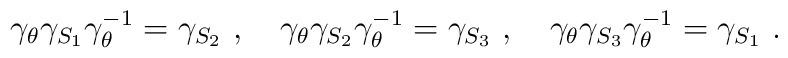
\gamma_\theta \gamma_{S_1}\gamma_\theta^{-1}=\gamma_{S_2}~,~~~ \gamma_\theta \gamma_{S_2}\gamma_\theta^{-1}=\gamma_{S_3}~,~~~ \gamma_\theta \gamma_{S_3}\gamma_\theta^{-1}=\gamma_{S_1}~.